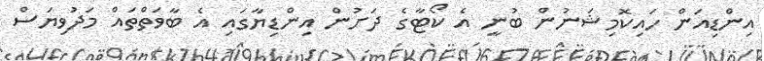
އިންޑިއަން ހައިކޮމިޝަނުން ބުނީ އެ ކޯޓާގެ ދަށުން އިންޑިޔާގައި އެ ބާވަތްތައް މަދުވިޔަސް